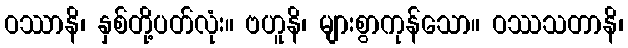
ဝဿာနိ၊ နှစ်တို့ပတ်လုံး။ ဗဟူနိ၊ များစွာကုန်သော။ ဝဿသတာနိ၊